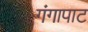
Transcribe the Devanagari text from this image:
गंगापाट